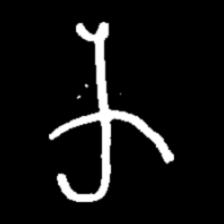
Pyu character \u2014 Myanmar letter: က (romanized: ka)